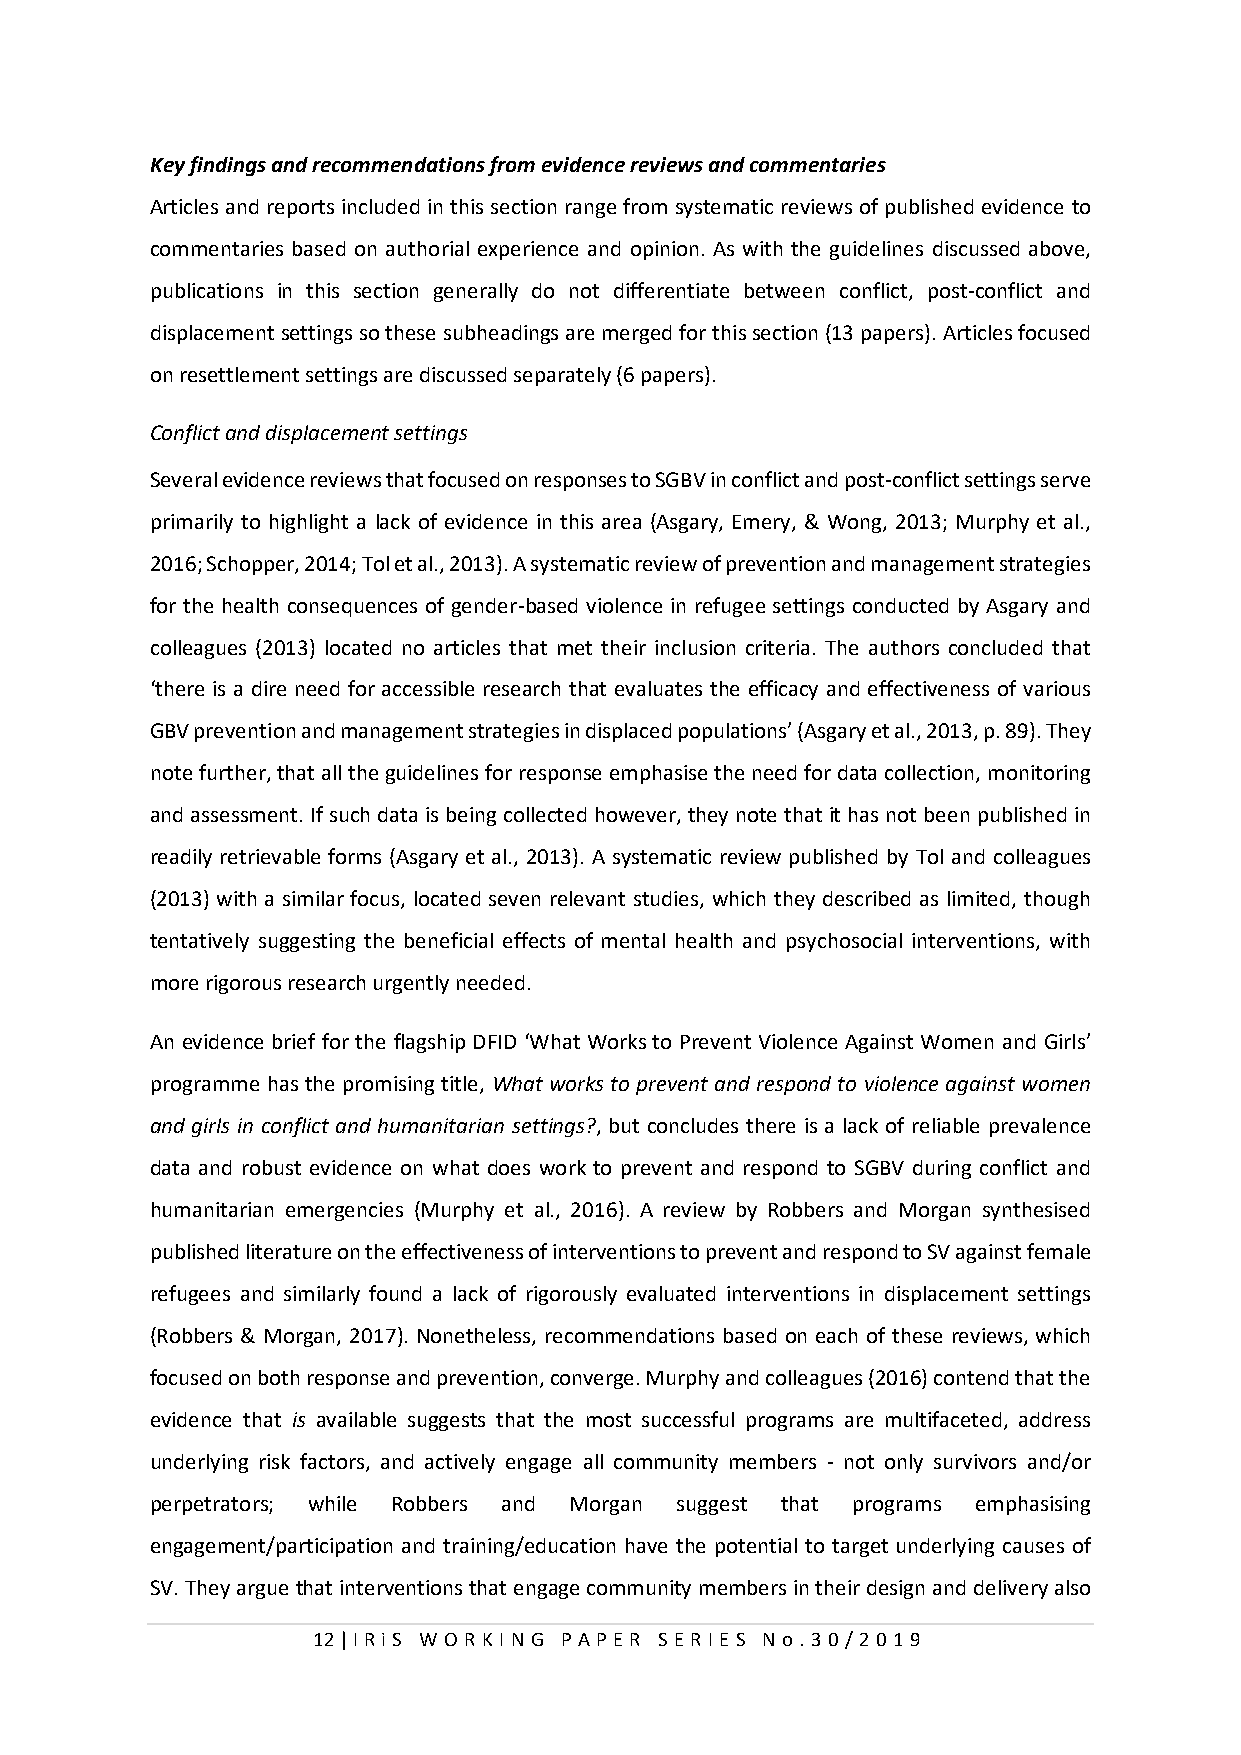
Key findings and recommendations from evidence reviews and commentaries
 Articles and reports included in this section range from systematic reviews of published evidence to
 commentaries based on authorial experience and opinion. As with the guidelines discussed above,
 publications in this section generally do not differentiate between conflict, post-conflict and
 displacement settings so these subheadings are merged for this section (13 papers). Articles focused
 on resettlement settings are discussed separately (6 papers).
 Conflict and displacement settings
 Several evidence reviews that focused on responses to SGBV in conflict and post-conflict settings serve
 primarily to highlight a lack of evidence in this area (Asgary, Emery, & Wong, 2013; Murphy et al.,
 2016; Schopper, 2014; Tol et al., 2013). A systematic review of prevention and management strategies
 for the health consequences of gender-based violence in refugee settings conducted by Asgary and
 colleagues (2013) located no articles that met their inclusion criteria. The authors concluded that
 ‘there is a dire need for accessible research that evaluates the efficacy and effectiveness of various
 GBV prevention and management strategies in displaced populations’ (Asgary et al., 2013, p. 89). They
 note further, that all the guidelines for response emphasise the need for data collection, monitoring
 and assessment. If such data is being collected however, they note that it has not been published in
 readily retrievable forms (Asgary et al., 2013). A systematic review published by Tol and colleagues
 (2013) with a similar focus, located seven relevant studies, which they described as limited, though
 tentatively suggesting the beneficial effects of mental health and psychosocial interventions, with
 more rigorous research urgently needed.
 An evidence brief for the flagship DFID ‘What Works to Prevent Violence Against Women and Girls’
 programme has the promising title, What works to prevent and respond to violence against women
 and girls in conflict and humanitarian settings?, but concludes there is a lack of reliable prevalence
 data and robust evidence on what does work to prevent and respond to SGBV during conflict and
 humanitarian emergencies (Murphy et al., 2016). A review by Robbers and Morgan synthesised
 published literature on the effectiveness of interventions to prevent and respond to SV against female
 refugees and similarly found a lack of rigorously evaluated interventions in displacement settings
 (Robbers & Morgan, 2017). Nonetheless, recommendations based on each of these reviews, which
 focused on both response and prevention, converge. Murphy and colleagues (2016) contend that the
 evidence that is available suggests that the most successful programs are multifaceted, address
 underlying risk factors, and actively engage all community members - not only survivors and/or
 perpetrators; while Robbers and Morgan suggest that programs emphasising
 engagement/participation and training/education have the potential to target underlying causes of
 SV. They argue that interventions that engage community members in their design and delivery also
 12 | I RiS W O RKI N G P AP E R SE RI E S N o . 30/201 9